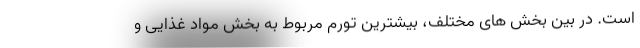
است. در بین بخش های مختلف، بیشترین تورم مربوط به بخش مواد غذایی و